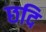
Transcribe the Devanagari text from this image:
छदि